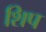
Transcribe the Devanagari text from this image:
शिप